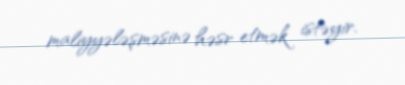
maliyyələşməsinə həsr etmək istəyir.